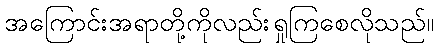
အကြောင်းအရာတို့ကိုလည်းရှုကြစေလိုသည်။